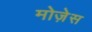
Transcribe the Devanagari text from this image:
मोजे़स